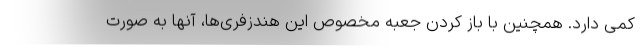
کمی دارد. همچنین با باز کردن جعبه مخصوص این هندزفری‌ها، آنها به صورت